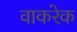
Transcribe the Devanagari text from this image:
वाकरेक